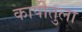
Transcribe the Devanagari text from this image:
कापीतुला